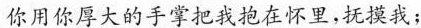
你用你厚大的手掌把我抱在怀里，抚摸我；